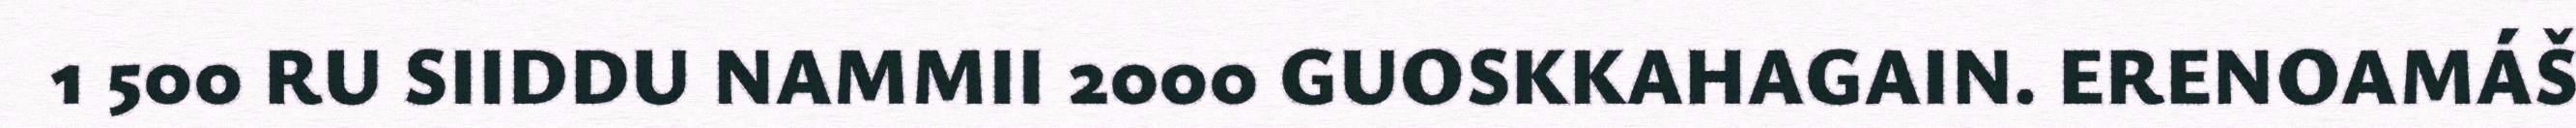
1 500 RU SIIDDU NAMMII 2000 GUOSKKAHAGAIN. ERENOAMÁŠ